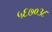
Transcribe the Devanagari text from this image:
५६७०३८